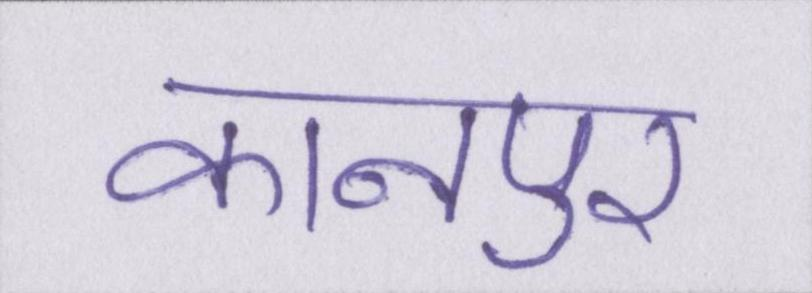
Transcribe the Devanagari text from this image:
कानपुर